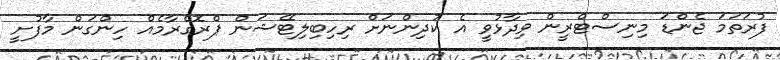
ފުރަތަމަ ޖެންޑަ މިނިސްޓްރީން ވިދާޅުވީ އެ ކުދިންނަށް ރިހިބިލިޓޭޝަން ޕްރޮގްރާމެއް ހިންގަން މާފުށީ